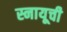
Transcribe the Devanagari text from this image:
स्नायूची